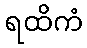
ရထိကံ